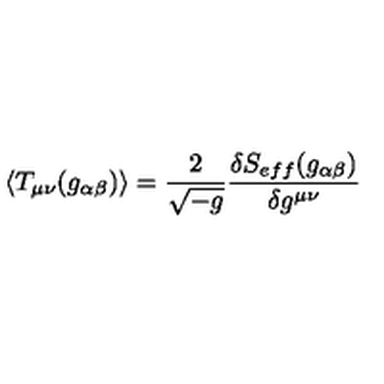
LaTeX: \langle T _ { \mu \nu } ( g _ { \alpha \beta } ) \rangle = \frac { 2 } { \sqrt { - g } } \frac { \delta S _ { e f f } ( g _ { \alpha \beta } ) } { \delta g ^ { \mu \nu } }